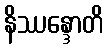
နိဿန္ဒောတိ